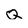
Character: Q